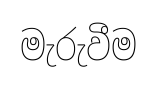
මැරුවීම